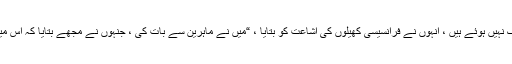
ان کے حواس پوری طرح سے ٹھیک نہیں ہوئے ہیں ، انہوں نے فرانسیسی کھیلوں کی اشاعت کو بتایا ، “میں نے ماہرین سے بات کی ، جنہوں نے مجھے بتایا کہ اس میں ایک سال کا عرصہ لگ ​​سکتا ہے۔